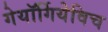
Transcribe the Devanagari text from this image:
गेयॉर्गियेविच